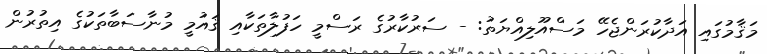
މަޤާމުގައި އަދާކުރަންޖެހޭ މަސްއޫލިއްޔަތު: - ސަރުކާރުގެ ރަސްމީ ހަފުލާތަކާއި ޤައުމީ މުނާސަބާތަކުގެ އިތުރުން